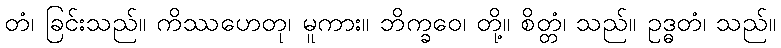
တံ၊ ခြင်းသည်။ ကိဿဟေတု၊ မူကား။ ဘိက္ခဝေ၊ တို့။ စိတ္တံ၊ သည်။ ဥဒ္ဓတံ၊ သည်။